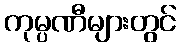
ကုမ္ပဏီများတွင်